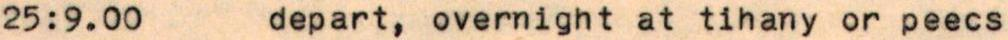
25:9.00  depart, overnight at tihany or peecs